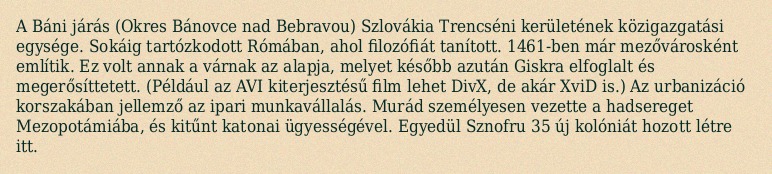
A Báni járás (Okres Bánovce nad Bebravou) Szlovákia Trencséni kerületének közigazgatási egysége. Sokáig tartózkodott Rómában, ahol filozófiát tanított. 1461-ben már mezővárosként említik. Ez volt annak a várnak az alapja, melyet később azután Giskra elfoglalt és megerősíttetett. (Például az AVI kiterjesztésű film lehet DivX, de akár XviD is.) Az urbanizáció korszakában jellemző az ipari munkavállalás. Murád személyesen vezette a hadsereget Mezopotámiába, és kitűnt katonai ügyességével. Egyedül Sznofru 35 új kolóniát hozott létre itt.